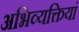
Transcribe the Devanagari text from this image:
अभिव्‍यक्तियां